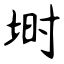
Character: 埘